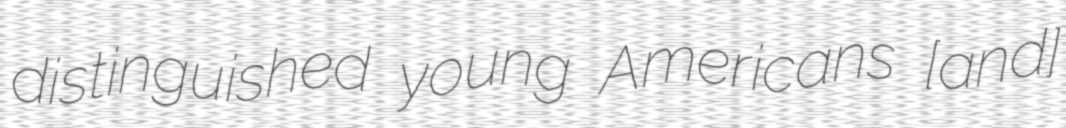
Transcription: distinguished young Americans [and]